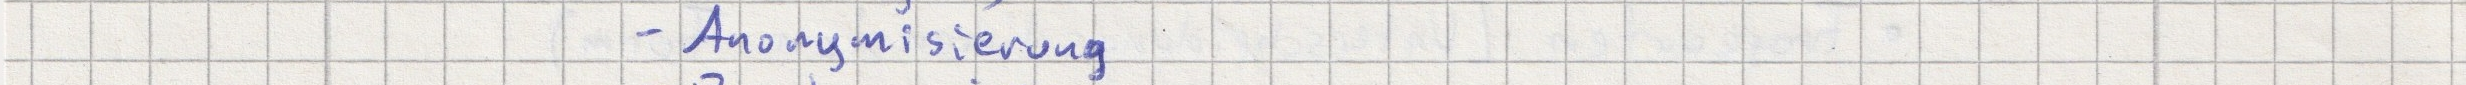
- Anonymisierung